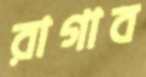
রাগাব